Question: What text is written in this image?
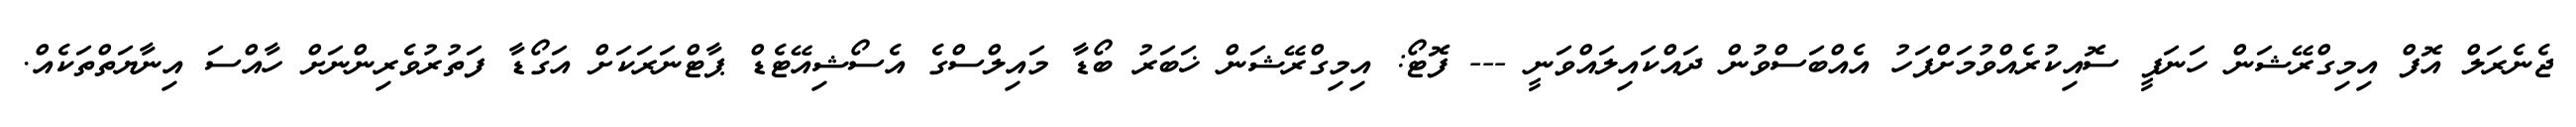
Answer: ޖެނެރަލް އޮފް އިމިގްރޭޝަން ހަނަފީ ސޮއިކުރެއްވުމަށްފަހު އެއްބަސްވުން ދައްކައިލައްވަނީ --- ފޮޓޯ: އިމިގްރޭޝަން ޚަބަރު ބޯޑާ މައިލްސްގެ އެސޯޝިއޭޓެޑް ޕާޓްނަރަކަށް އަގޯޑާ ފަތުރުވެރިންނަށް ހާއްސަ އިނާޔަތްތަކެއް.